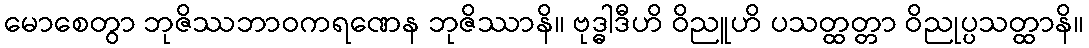
မောစေတွာ ဘုဇိဿဘာဝကရဏေန ဘုဇိဿာနိ။ ဗုဒ္ဓါဒီဟိ ဝိညူဟိ ပသတ္ထတ္တာ ဝိညုပ္ပသတ္ထာနိ။